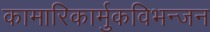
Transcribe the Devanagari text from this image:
कामारिकार्मुकविभन्जन